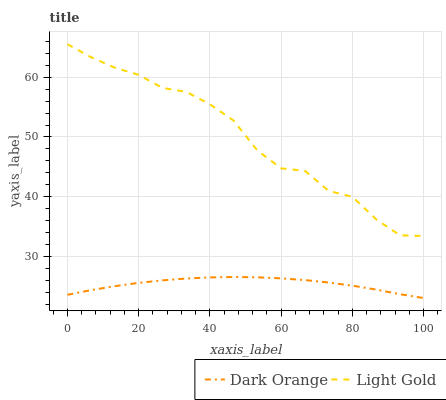
| xaxis_label | Dark Orange | Light Gold |
 | --- | --- | --- |
 | 0 | 23.5 | 65.6 |
 | 6.67 | 24.3 | 63.4 |
 | 13.3 | 25 | 61.6 |
 | 20 | 25.5 | 60.4 |
 | 26.7 | 26 | 58.2 |
 | 33.3 | 26.3 | 57.6 |
 | 40 | 26.5 | 55.5 |
 | 46.7 | 26.5 | 52.7 |
 | 53.3 | 26.5 | 47.7 |
 | 60 | 26.3 | 44.7 |
 | 66.7 | 26 | 44.3 |
 | 73.3 | 25.6 | 41 |
 | 80 | 25.1 | 40 |
 | 86.7 | 24.4 | 36.2 |
 | 93.3 | 23.7 | 33.5 |
 | 100 | 23 | 33.4 |